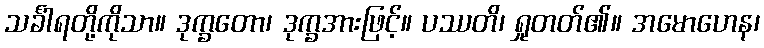
သင်္ခါရတို့ကိုသာ။ ဒုက္ခတော၊ ဒုက္ခအားဖြင့်။ ပဿတိ၊ ရှုတတ်၏။ အမောဟေန၊